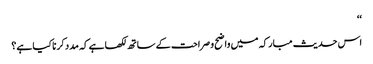
‘‘
اس حدیث مبارکہ میں واضح و صراحت کے ساتھ لکھا ہے کہ مدد کرنا کیا ہے؟